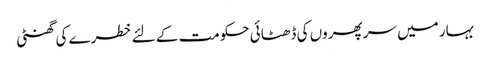
بہار میں سر پھروں کی ڈھٹائی حکومت کے لئے خطرے کی گھنٹی